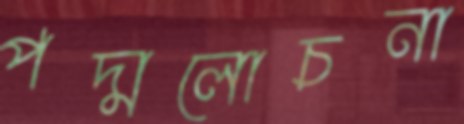
পদ্মলোচনা